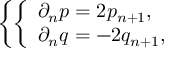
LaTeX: \left\{ \left\{ \begin{array} { l l } { { \partial _ { n } p = 2 p _ { n + 1 } , } } \\ { { \partial _ { n } q = - 2 q _ { n + 1 } , } } \end{array} \right. \right.